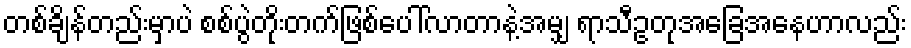
တစ်ချိန်တည်းမှာပဲ စစ်ပွဲတိုးတက်ဖြစ်ပေါ်လာတာနဲ့အမျှ ရာသီဥတုအခြေအနေဟာလည်း